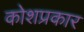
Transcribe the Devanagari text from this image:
कोशप्रकार